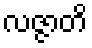
လဇ္ဇာတိ